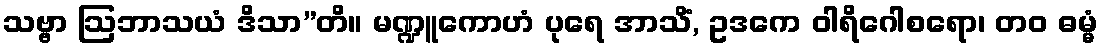
သဗ္ဗာ ဩဘာသယံ ဒိသာ”တိ။ မဏ္ဍူကောဟံ ပုရေ အာသိံ, ဥဒကေ ဝါရိဂေါစရော၊ တဝ ဓမ္မံ